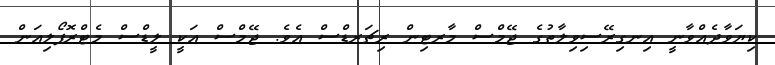
ކިޔަވާދެއްވާނީ އިނގިރޭސިވިލާތުގެ ޖޭމްސް މާރޓިން ރިޗަރޑްސް އެވެ. ޖޭމްސް އަކީ ލީޑްސް މެޓްރޮޕޯލިއަން